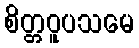
စိတ္တဝူပသမေ